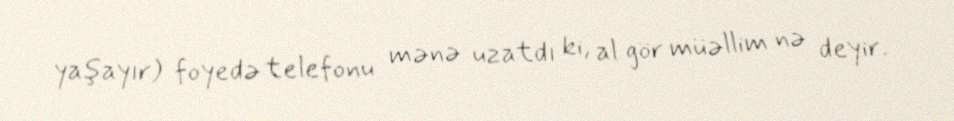
yaşayır) foyedə telefonu mənə uzatdı ki, al gör müəllim nə deyir.